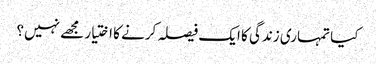
کیا تمہاری زندگی کا ایک فیصلہ کرنے کا اختیار مجھے نہیں؟